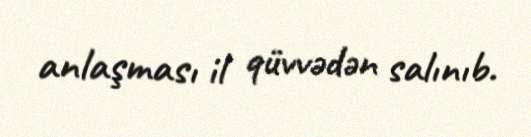
anlaşması il qüvvədən salınıb.